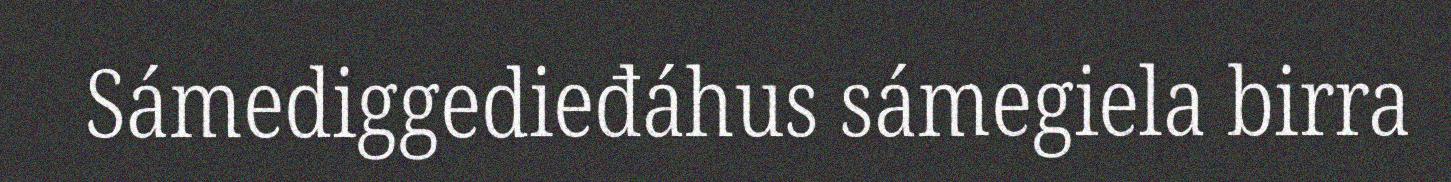
Sámediggedieđáhus sámegiela birra